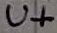
Text: U+